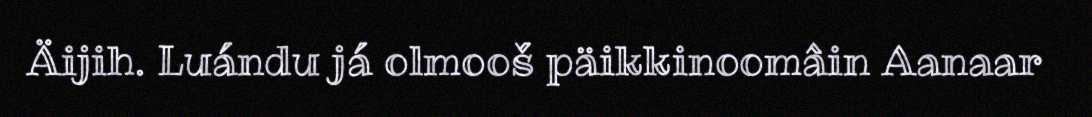
Äijih. Luándu já olmooš päikkinoomâin Aanaar